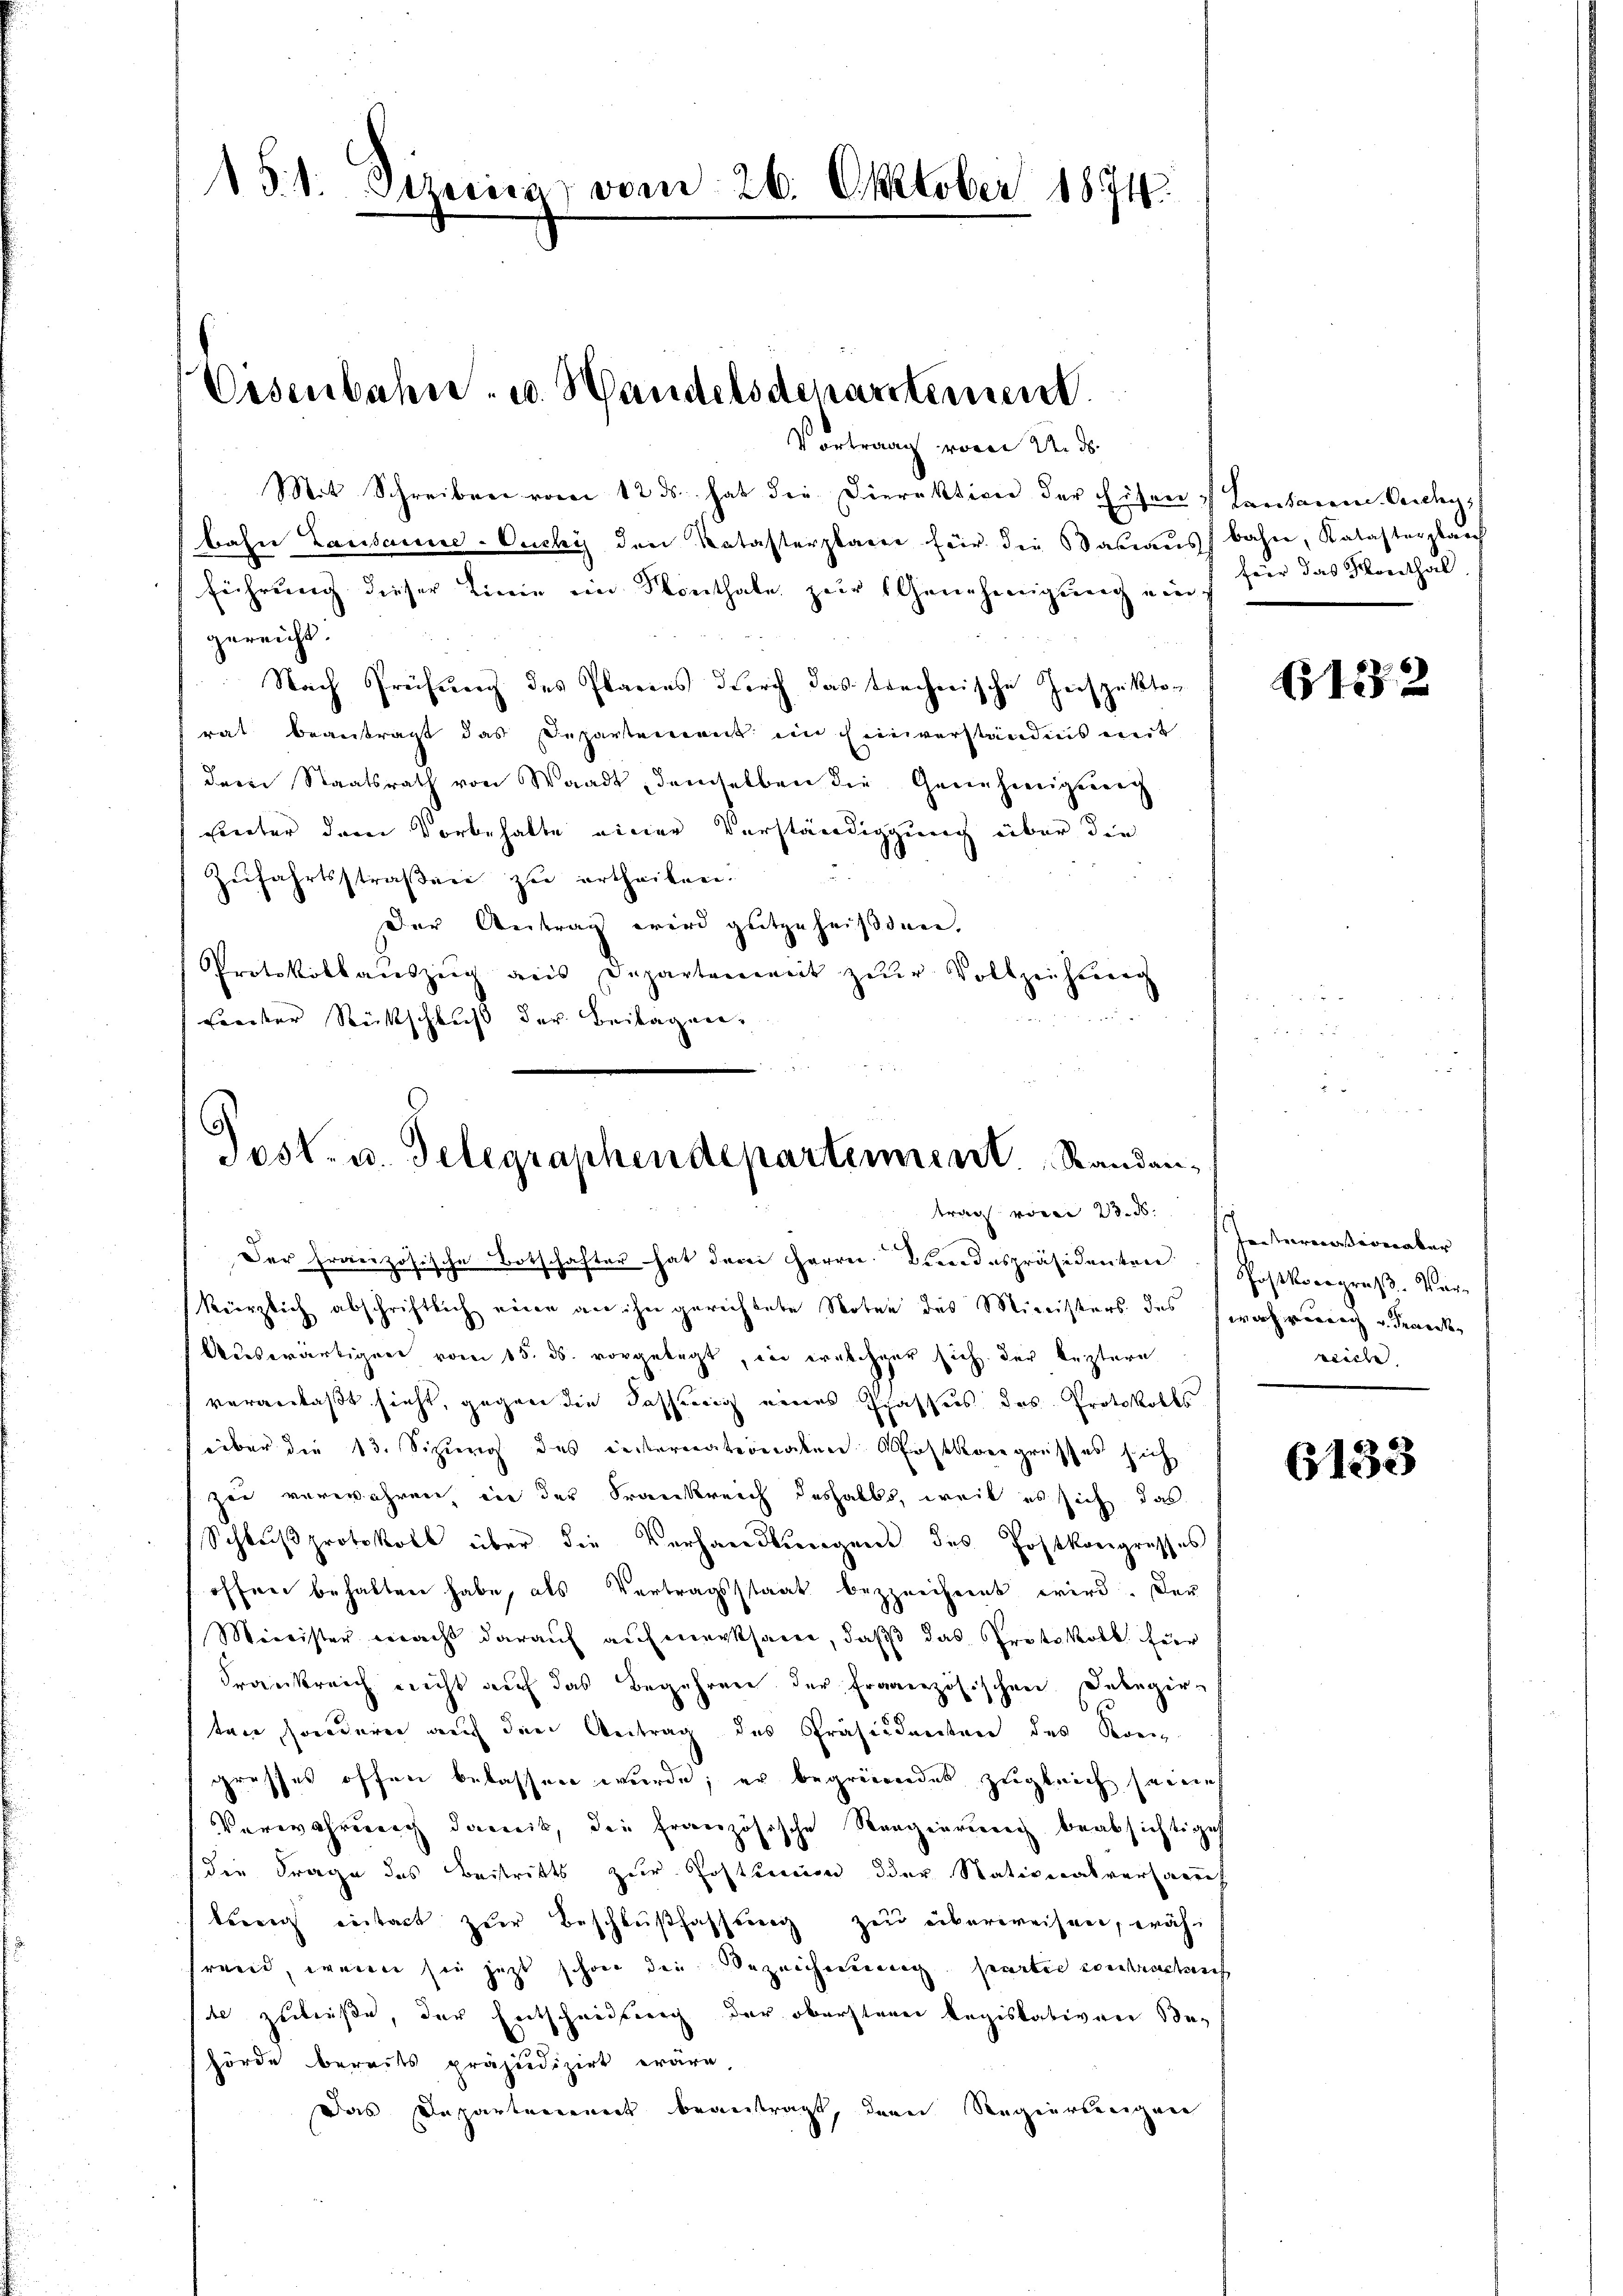
15.1. Vizeung vom 26. Oktober 1874.

Osenbahn u. Handelsdenartement
Vortrag vom 24. ds.

Mit Schreiben vom 12 ds hat die Direktion der Eisen Cantonen Cichy,
bahn Lausanne-Ouchy den Katasterplante für die Bauausbahn, Katasterplan
führung dieser Linie ein Sonthale zur Genehmigung eins für das Monthal
gereicht.
Nach Prüfung des Plarens durch das trechnische Zerspektorat beantragt das Departement im Einverständnis mit
dere Staatsrath von Waadt, demselben die Genehmigung
sunter dem Vorbehalte einer Verständigung über die
Zufahrtsstraßen zu urtheilen.
Der Antrag wird gutzuheißenen.
Protokollauszug aus Departement zŭr Vollzeichnung
Freiter Rückschluß der Beilagen.

Post- u. Telegraphendepartement.   Randantrag vom 23. d.

Der Französische Botschafter hat dem Herrn. Bundespräsidenten Postkvergroße Ver-
kürzlich abschriftlich eine an ihn gerichtete Noten des Ministers des wahrung u. Francke,
Auswärtigen vom 15. ds. vorgelegt, in welcher sich der leztern
veranlaßt sieht, gegen die Fassung eines Schaftes des Protokolls
über die 13. Sitzung des insternationalen Postkargrusses sich
zei verwahren in der Krankreich deshalbs, weil es sich das
Schlußprotokoll über die Verhandlungen des Postkongresses
offen behalten habe, als Vertragsstaat bezzrechnet wird. Der
Minister macht daraŭf aŭfmerksam, daβ das Protokoll. Eier
Frankreich nicht auf das Begehren der Französischen. Dabegir-
ten, sonderen auch den Antrag des Präsidenten des Kon
grosses offen belassen wurde; er begründet zugleich seines
Verwahrung damit, die französische Regierung beabsichtige
die Frage des Beitritts zur Postumm der Stationalversandt
burg eintact zur Beschlußfassung zu überweisen, währ
frend, wenn sie jetzt schon die Bezeichnung seiter vontrastenf
te zubeiße, der Entscheidung der oberstere Regislativen Behörde bereits präjudizirt wäre,
Das Departanenert beantragt, denn Regiertenigen

1282

feiermassermater
reiche

6133